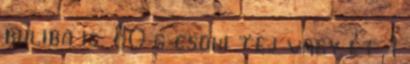
buliba is. 80 g csoki tej vagy ét 1